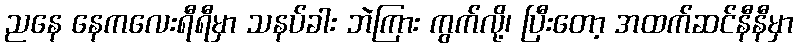
ညနေ နေကလေးရီရီမှာ သနပ်ခါး ဘဲကြား ကွက်လို့၊ ပြီးတော့ အထက်ဆင်နီနီမှာ